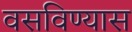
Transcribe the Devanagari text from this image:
वसविण्यास